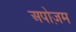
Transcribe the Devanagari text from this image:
अपोज़म